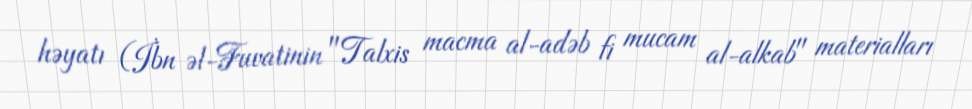
həyatı (İbn əl-Fuvatinin "Talxis macma al-adəb fi mucam al-alkab" materialları